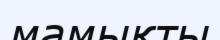
мамықты